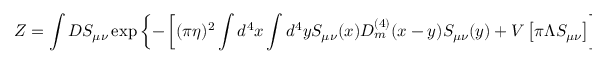
{ \cal Z } = \int D S _ { \mu \nu } \exp \left\{ - \left[ ( \pi \eta ) ^ { 2 } \int d ^ { 4 } x \int d ^ { 4 } y S _ { \mu \nu } ( x ) D _ { m } ^ { ( 4 ) } ( x - y ) S _ { \mu \nu } ( y ) + V \left[ \pi \Lambda S _ { \mu \nu } \right] \right] \right\}